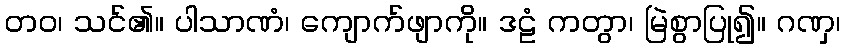
တဝ၊ သင်၏။ ပါသာဏံ၊ ကျောက်ဖျာကို။ ဒဠံ ကတွာ၊ မြဲစွာပြု၍။ ဂဏှ၊